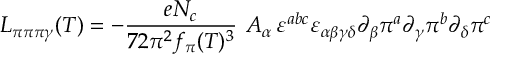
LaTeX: { \cal L } _ { \pi \pi \pi \gamma } ( T ) = - { \frac { e N _ { c } } { 7 2 \pi ^ { 2 } f _ { \pi } ( T ) ^ { 3 } } } \, \, A _ { \alpha } \, \varepsilon ^ { a b c } \varepsilon _ { \alpha \beta \gamma \delta } \partial _ { \beta } \pi ^ { a } \partial _ { \gamma } \pi ^ { b } \partial _ { \delta } \pi ^ { c }